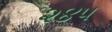
૨૪૫